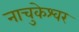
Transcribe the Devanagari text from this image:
नाचुकेश्वर